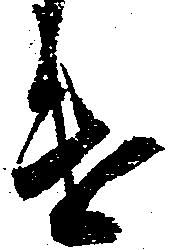
遣